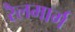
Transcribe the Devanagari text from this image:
रैलमार्ग